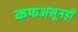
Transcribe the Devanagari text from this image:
कफअसूनही